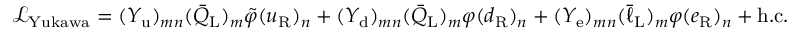
{ \mathcal { L } } _ { \mathrm { Y u k a w a } } = ( Y _ { \mathrm { u } } ) _ { m n } ( { \bar { Q } } _ { \mathrm { L } } ) _ { m } { \tilde { \varphi } } ( u _ { \mathrm { R } } ) _ { n } + ( Y _ { \mathrm { d } } ) _ { m n } ( { \bar { Q } } _ { \mathrm { L } } ) _ { m } \varphi ( d _ { \mathrm { R } } ) _ { n } + ( Y _ { \mathrm { e } } ) _ { m n } ( { \bar { \ell } } _ { \mathrm { L } } ) _ { m } { \varphi } ( e _ { \mathrm { R } } ) _ { n } + \mathrm { h . c . }